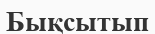
Бықсытып